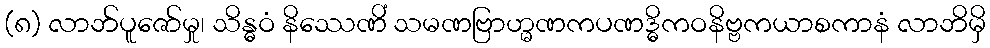
(၈) လာဘ်ပူဇော်မှု၊ သိန္ဓဝံ နိဿေဏိံ သမဏဗြာဟ္မဏကပဏဒ္ဓိကဝနိဗ္ဗကယာစကာနံ လာဘိမှိ